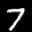
Label: 7